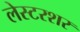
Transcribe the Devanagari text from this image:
लेस्टरशर